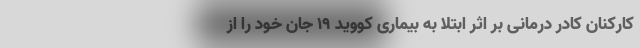
کارکنان کادر درمانی بر اثر ابتلا به بیماری کووید ۱۹ جان خود را از